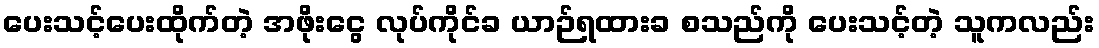
ပေးသင့်ပေးထိုက်တဲ့ အဖိုးငွေ လုပ်ကိုင်ခ ယာဉ်ရထားခ စသည်ကို ပေးသင့်တဲ့ သူကလည်း